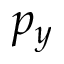
p _ { y }